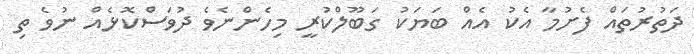
ދަތުރުތައް ފެށުމާ އެކު އެއް ބަޔަކު ގަބޫލްކުރީ މިހެންނެވެ ދުވަސްކޮޅެއް ނުވެ ތި